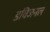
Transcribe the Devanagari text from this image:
डविजनल